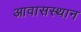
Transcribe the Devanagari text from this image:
आवासस्थान